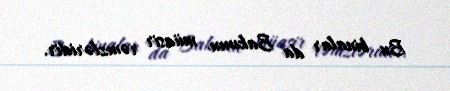
Bu binalar da Bakının müasir rəmzləridir.